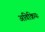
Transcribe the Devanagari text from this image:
अविक्रियः